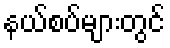
နယ်စပ်များတွင်